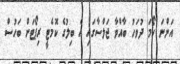
އަންނަ ހޯމަ ދުވަހު ބާއްވާ ޖަލްސާގައި އެ ބިލުގެ ކޮމެޓީ ރިޕޯޓަށް ބަހުސް